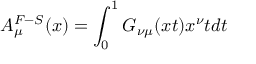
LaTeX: A _ { \mu } ^ { F - S } ( x ) = \int _ { 0 } ^ { 1 } G _ { \nu \mu } ( x t ) x ^ { \nu } t d t